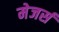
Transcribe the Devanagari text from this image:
मेजर्स